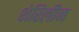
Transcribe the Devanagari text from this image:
शेरिलीन